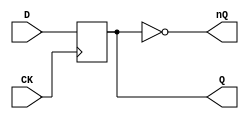
// Fujitsu AV cell
// DFF
// furrtek 2022

`timescale 1ns/100ps

module FDM(
	input CK,
	input D,
	output reg Q,
	output nQ
);

always @(posedge CK)
		Q <= D;		// tmax = 6.0ns

assign nQ = ~Q;

endmodule